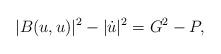
LaTeX: \begin{align*}|B(u,u)|^2-|\dot{u}|^2=G^2-P,\end{align*}